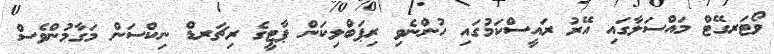
ވޯޓަރގޭޓް މައްސަލާގައި އޭރު ރައީސްކަމުގައި ހުންނެވި ރިޕަބްލިކަން ޕާޓީގެ ރިޗަރޑް ނިކްސަން މަގާމުންވެސް